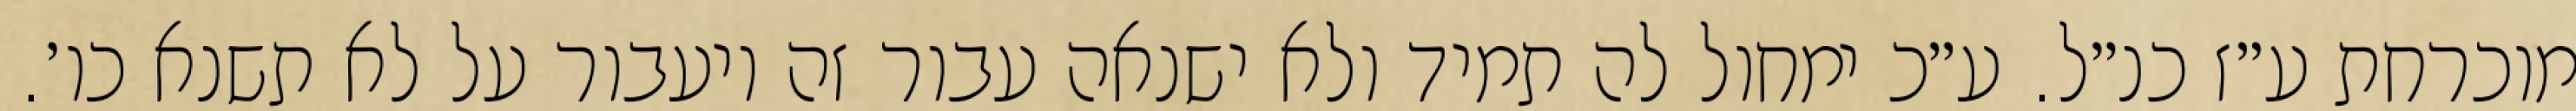
מוכרחת ע״ז כנ״ל. ע״כ ימחול לה תמיד ולא ישנאה עבור זה ויעבור על לא תשנא כו׳.